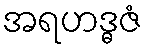
အရဟဒ္ဓဇံ